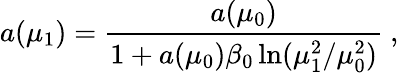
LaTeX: a(\mu_{1})=\frac{a(\mu_{0})}{1+a(\mu_{0})\beta_{0}\ln(\mu_{1}^{2}/\mu_{0}^{2})}\ ,